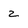
Character: z